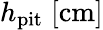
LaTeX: h_{\mathrm{pit}}\; [\mathrm{cm}]